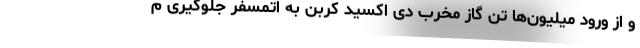
و از ورود میلیون‌ها تن گاز مخرب دی اکسید کربن به اتمسفر جلوگیری م